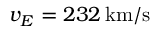
v _ { E } = 2 3 2 \, \mathrm { k m } / \mathrm { s }